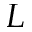
L